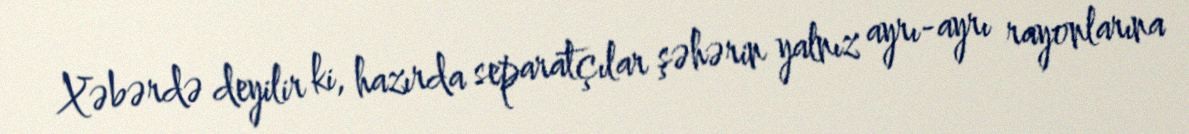
Xəbərdə deyilir ki, hazırda separatçılar şəhərin yalnız ayrı-ayrı rayonlarına